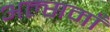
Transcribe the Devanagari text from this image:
अल्समाँ